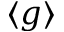
\langle g \rangle